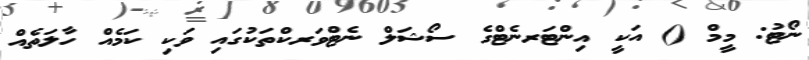
ނޯޓު: މީމް () އަކީ އިންޓަރނެޓްގެ ސޯޝަލް ނެޓްވަރކްތަކުގައި ވަކި ކަމެއް ހާލަތެއް